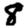
Digit: 8